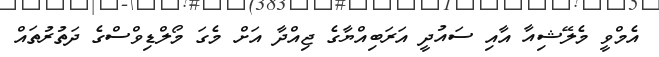
އެމްވީ މެލޭޝިއާ އާއި ސައުދީ އަރަބިއްޔާގެ ޖިއްދާ އަށް މެގަ މޯލްޑިވްސްގެ ދަތުރުތައް